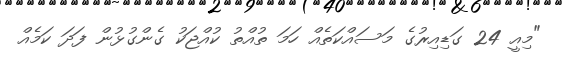
"މިއީ 24 ގަޑިއިރުގެ މަސައްކަތެއް ހަމަ ތުއްތު ކުއްޖަކު ގެންގުޅުން ފަދަ ކަމެއް